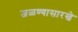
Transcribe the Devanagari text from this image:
जळण्यासारखे